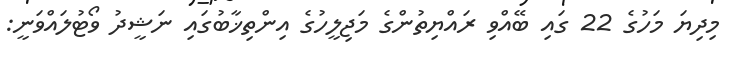
މިދިޔަ މަހުގެ 22 ގައި ބޭއްވި ރައްޔިތުންގެ މަޖިލީހުގެ އިންތިޚާބުގައި ނަޝީދު ވޯޓުލައްވަނީ: